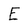
Character: E